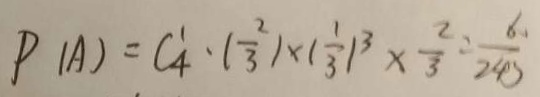
P ( A ) = C _ { 4 } ^ { 1 } \cdot ( \frac { 2 } { 3 } ) \times ( \frac { 1 } { 3 } ) ^ { 3 } \times \frac { 2 } { 3 } = \frac { 6 0 } { 2 4 3 }